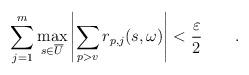
LaTeX: \begin{align*}\sum_{j=1}^m\max_{s\in\overline{U}}\left|\sum_{p>v}r_{p,j}(s,\omega)\right|<\frac{\varepsilon}{2}\qquad.\end{align*}